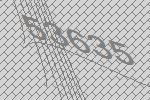
53635